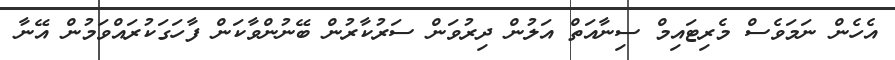
އެހެން ނަމަވެސް މެރިޓައިމް ސިނާއަތް އަލުން ދިރުވަން ސަރުކާރުން ބޭނުންވާކަން ފާހަގަކުރައްވަމުން އޭނާ